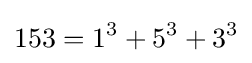
153=1^{3}+5^{3}+3^{3}